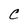
Character: C